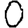
Digit: 0